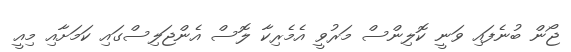
ޖޯން ބުނެފައި ވަނީ ކޮލިންސް މަރުވީ އެމެރިކާ ލޮސް އެންޖަލިސްގައި ކަމަށާއި މިއީ